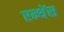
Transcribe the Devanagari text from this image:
एन्थेंस